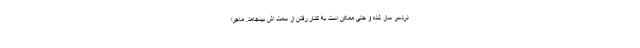
دردسر ساز شده و حتی ممکن است به کنار رفتن از سمت اش بینجامد. ماجرا